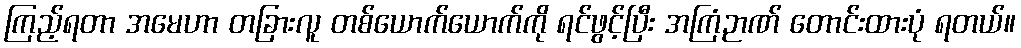
ကြည့်ရတာ အမေဟာ တခြားလူ တစ်ယောက်ယောက်ကို ရင်ဖွင့်ပြီး အကြံဉာဏ် တောင်းထားပုံ ရတယ်။